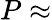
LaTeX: P\approx